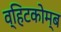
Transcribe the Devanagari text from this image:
व्हिटकोम्ब